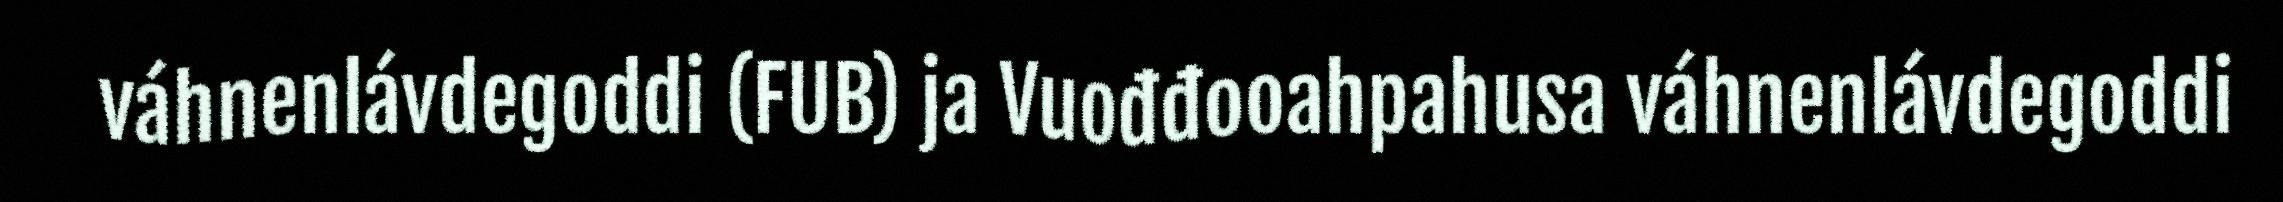
váhnenlávdegoddi (FUB) ja Vuođđooahpahusa váhnenlávdegoddi